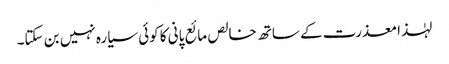
لہٰذا معذرت کے ساتھ خالص مائع پانی کا کوئی سیارہ نہیں بن سکتا۔